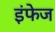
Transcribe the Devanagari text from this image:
इंफेज